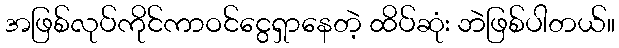
အဖြစ်လုပ်ကိုင်ကာဝင်ငွေရှာနေတဲ့ ထိပ်ဆုံး ဘဲဖြစ်ပါတယ်။